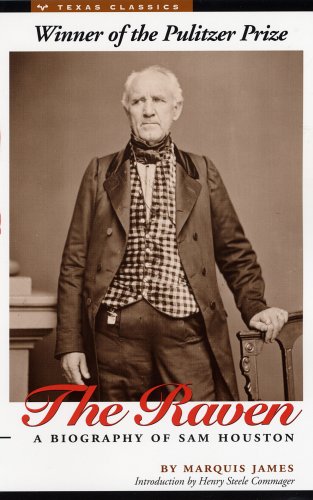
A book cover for The Raven: A Biography of Sam Houston (Texas Classics); Marquis James; Biographies & Memoirs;